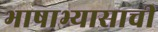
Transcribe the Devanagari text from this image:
भाषाभ्यासाची